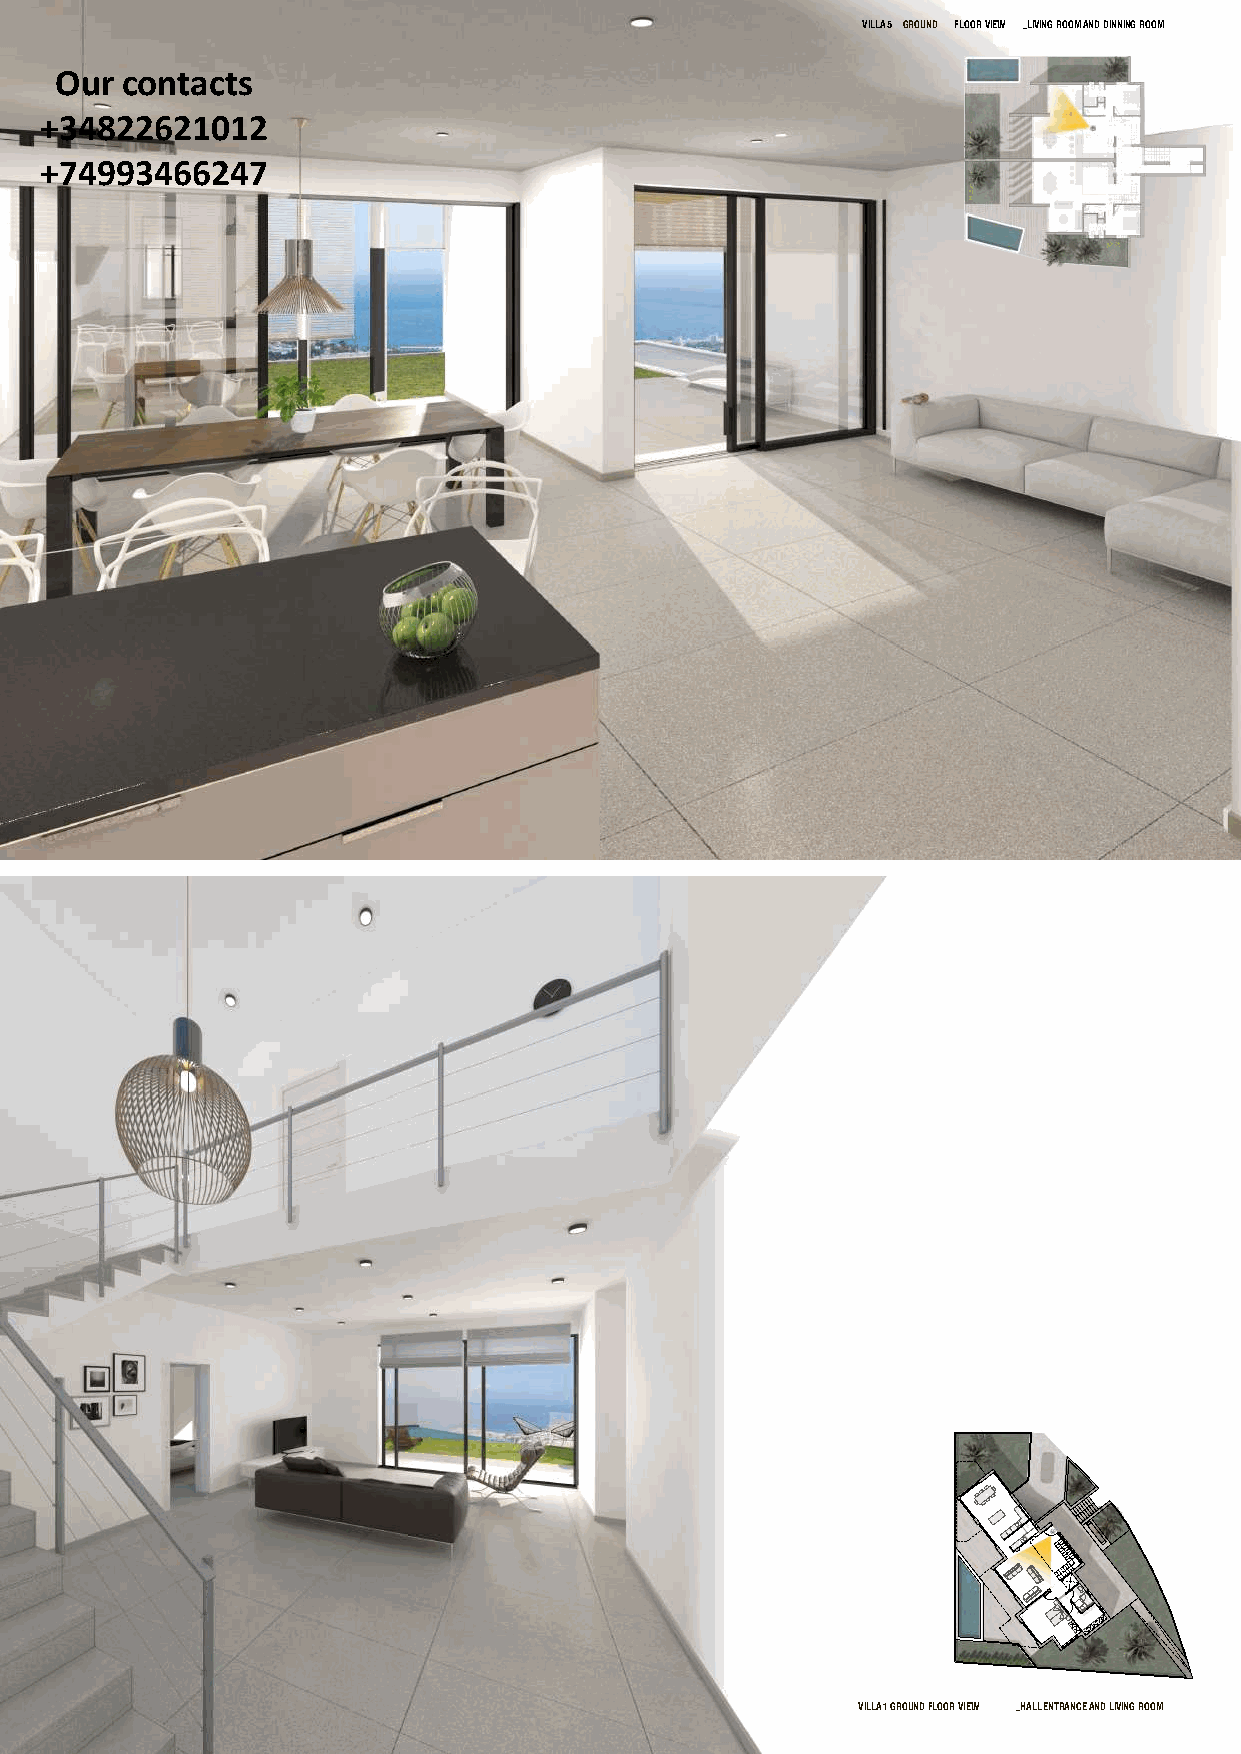
VILLA 5 GROUND FLOOR VIEW _LIVING ROOM AND DINNING ROOM
 Our contacts
 +34822621012
 +74993466247
 VILLA 1 GROUND FLOOR VIEW _HALL ENTRANCE AND LIVING ROOM